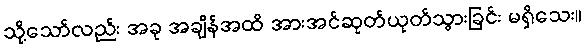
သို့သော်လည်း အခု အချိန်အထိ အားအင်ဆုတ်ယုတ်သွားခြင်း မရှိသေး။